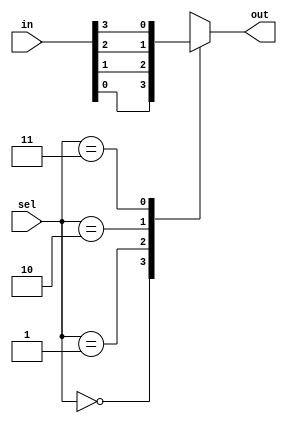
module mux_4_1_sc(out, in, sel);
	
	output out;
	input [3:0]in;
	input [1:0]sel;
	reg out;
	
	always @(in or sel)
		begin
			case({sel[1], sel[0]})
				2'd0 : out=in[0];
				2'd1 : out=in[1];
				2'd2 : out=in[2];
				2'd3 : out=in[3];
			endcase
		end

endmodule